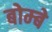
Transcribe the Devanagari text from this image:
बोम्‍बे